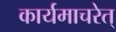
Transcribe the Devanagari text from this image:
कार्यमाचरेत्